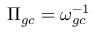
\Pi _ { g c } = \omega _ { g c } ^ { - 1 }